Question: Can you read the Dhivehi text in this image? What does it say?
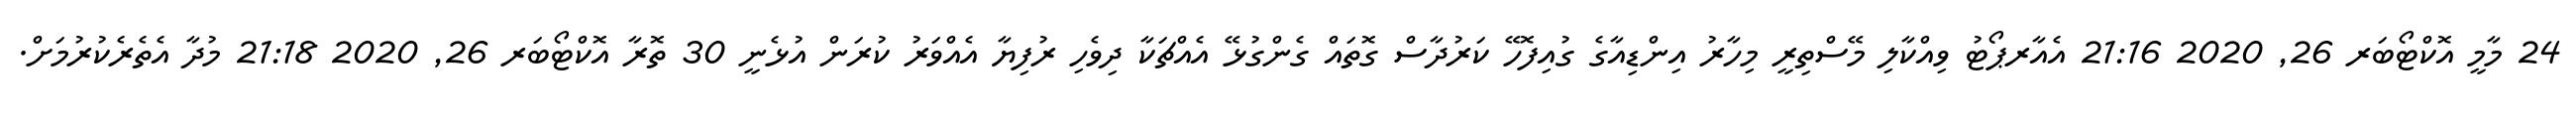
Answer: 24 މާމީ އޮކްޓޯބަރ 26, 2020 21:16 އެއާރޕޯޓު ވިއްކާލި މޭސްތިރީ މިހާރު އިންޑިއާގެ ގުއިފޮހޭ ކަރުދާސް ގޮތައް ގެންގުޅޭ އެއްޗަކާ ދިވެހި ރުފިޔާ އެއްވަރު ކުރަން އުޅެނީ 30 ތޮރާ އޮކްޓޯބަރ 26, 2020 21:18 މުދާ އެތެރެކުރުމަށް.